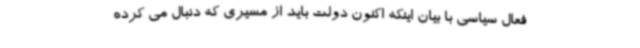
فعال سیاسی با بیان اینکه اکنون دولت باید از مسیری که دنبال می کرده